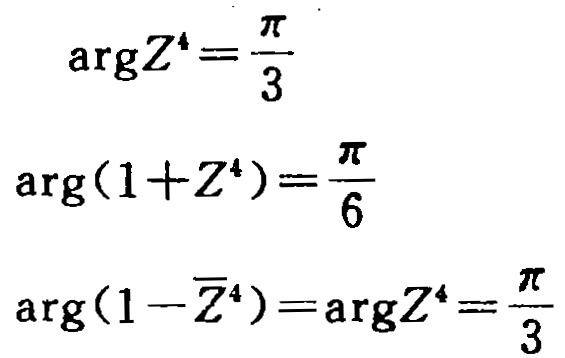
\[\begin{align*}
\arg Z^{4}&=\frac{\pi}{3}\\
\arg(1 + Z^{4})&=\frac{\pi}{6}\\
\arg(1-\overline{Z}^{4})&=\arg Z^{4}=\frac{\pi}{3}
\end{align*}\]